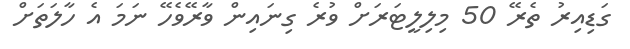
ގަޑިއިރު ތެރޭ 50 މިލިލީޓަރަށް ވުރެ ގިނައިން ވާރޭވެހޭ ނަމަ އެ ހާލަތަށް